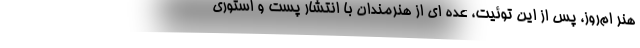
هنر ام‌روز، پس از این توئیت، عده ای از هنرمندان با انتشار پست و استوری